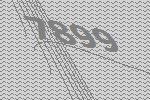
7899